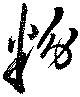
粉